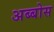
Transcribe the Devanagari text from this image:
अब्बोस